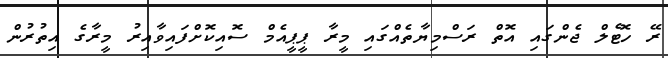
ރޭ ހޮޓެލް ޖެންގައި އޮތް ރަސްމިޔާތެއްގައި މީރާ ޕީޕީއެމް ސޮއިކޮށްފައިވާއިރު މީރާގެ އިތުރުން